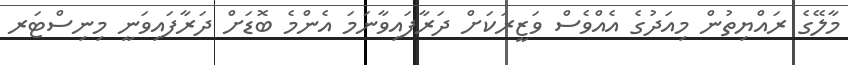
މާލޭގެ ރައްޔިތުން މިއަދުގެ އެއްވެސް ވަޒީރަކަށް ދަރާފައިވާނަމަ އެންމެ ބޮޑަށް ދަރާފައިވަނީ މިނިސްޓަރ